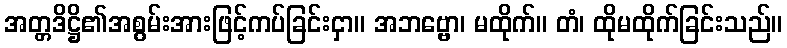
အတ္တဒိဋ္ဌိ၏အစွမ်းအားဖြင့်ကပ်ခြင်းငှာ။ အဘဗ္ဗော၊ မထိုက်။ တံ၊ ထိုမထိုက်ခြင်းသည်။